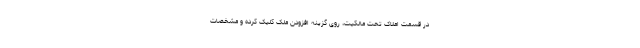
در قسمت املاک تحت مالکیت، روی گزینه افزودن ملک کلیک کرده و مشخصات